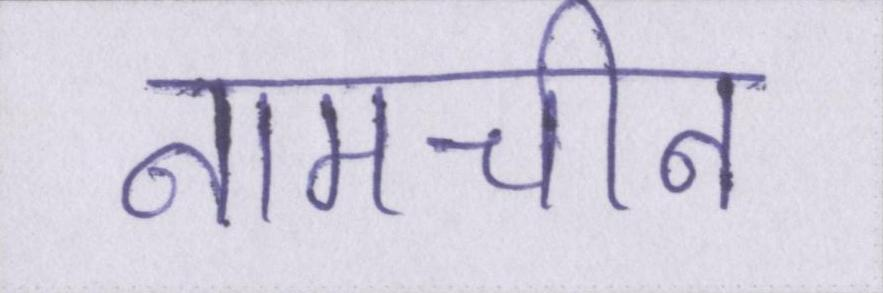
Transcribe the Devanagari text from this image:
नामचीन